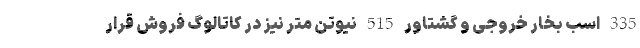
335 اسب بخار خروجی و گشتاور 515 نیوتن متر نیز در کاتالوگ فروش قرار